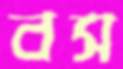
বস